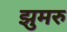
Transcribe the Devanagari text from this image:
झुमरु